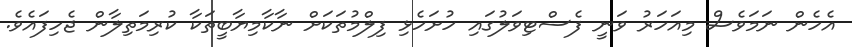
އެހެން ނަމަވެސް މިއަހަރު ވަނީ ފެސްޓިވަލުގައި ހުށަހެޅި ފިލްމުތަކަށް ނާކާމިޔާބީތަކާ ކުރިމަތިލާން ޖެހިފައެވެ.